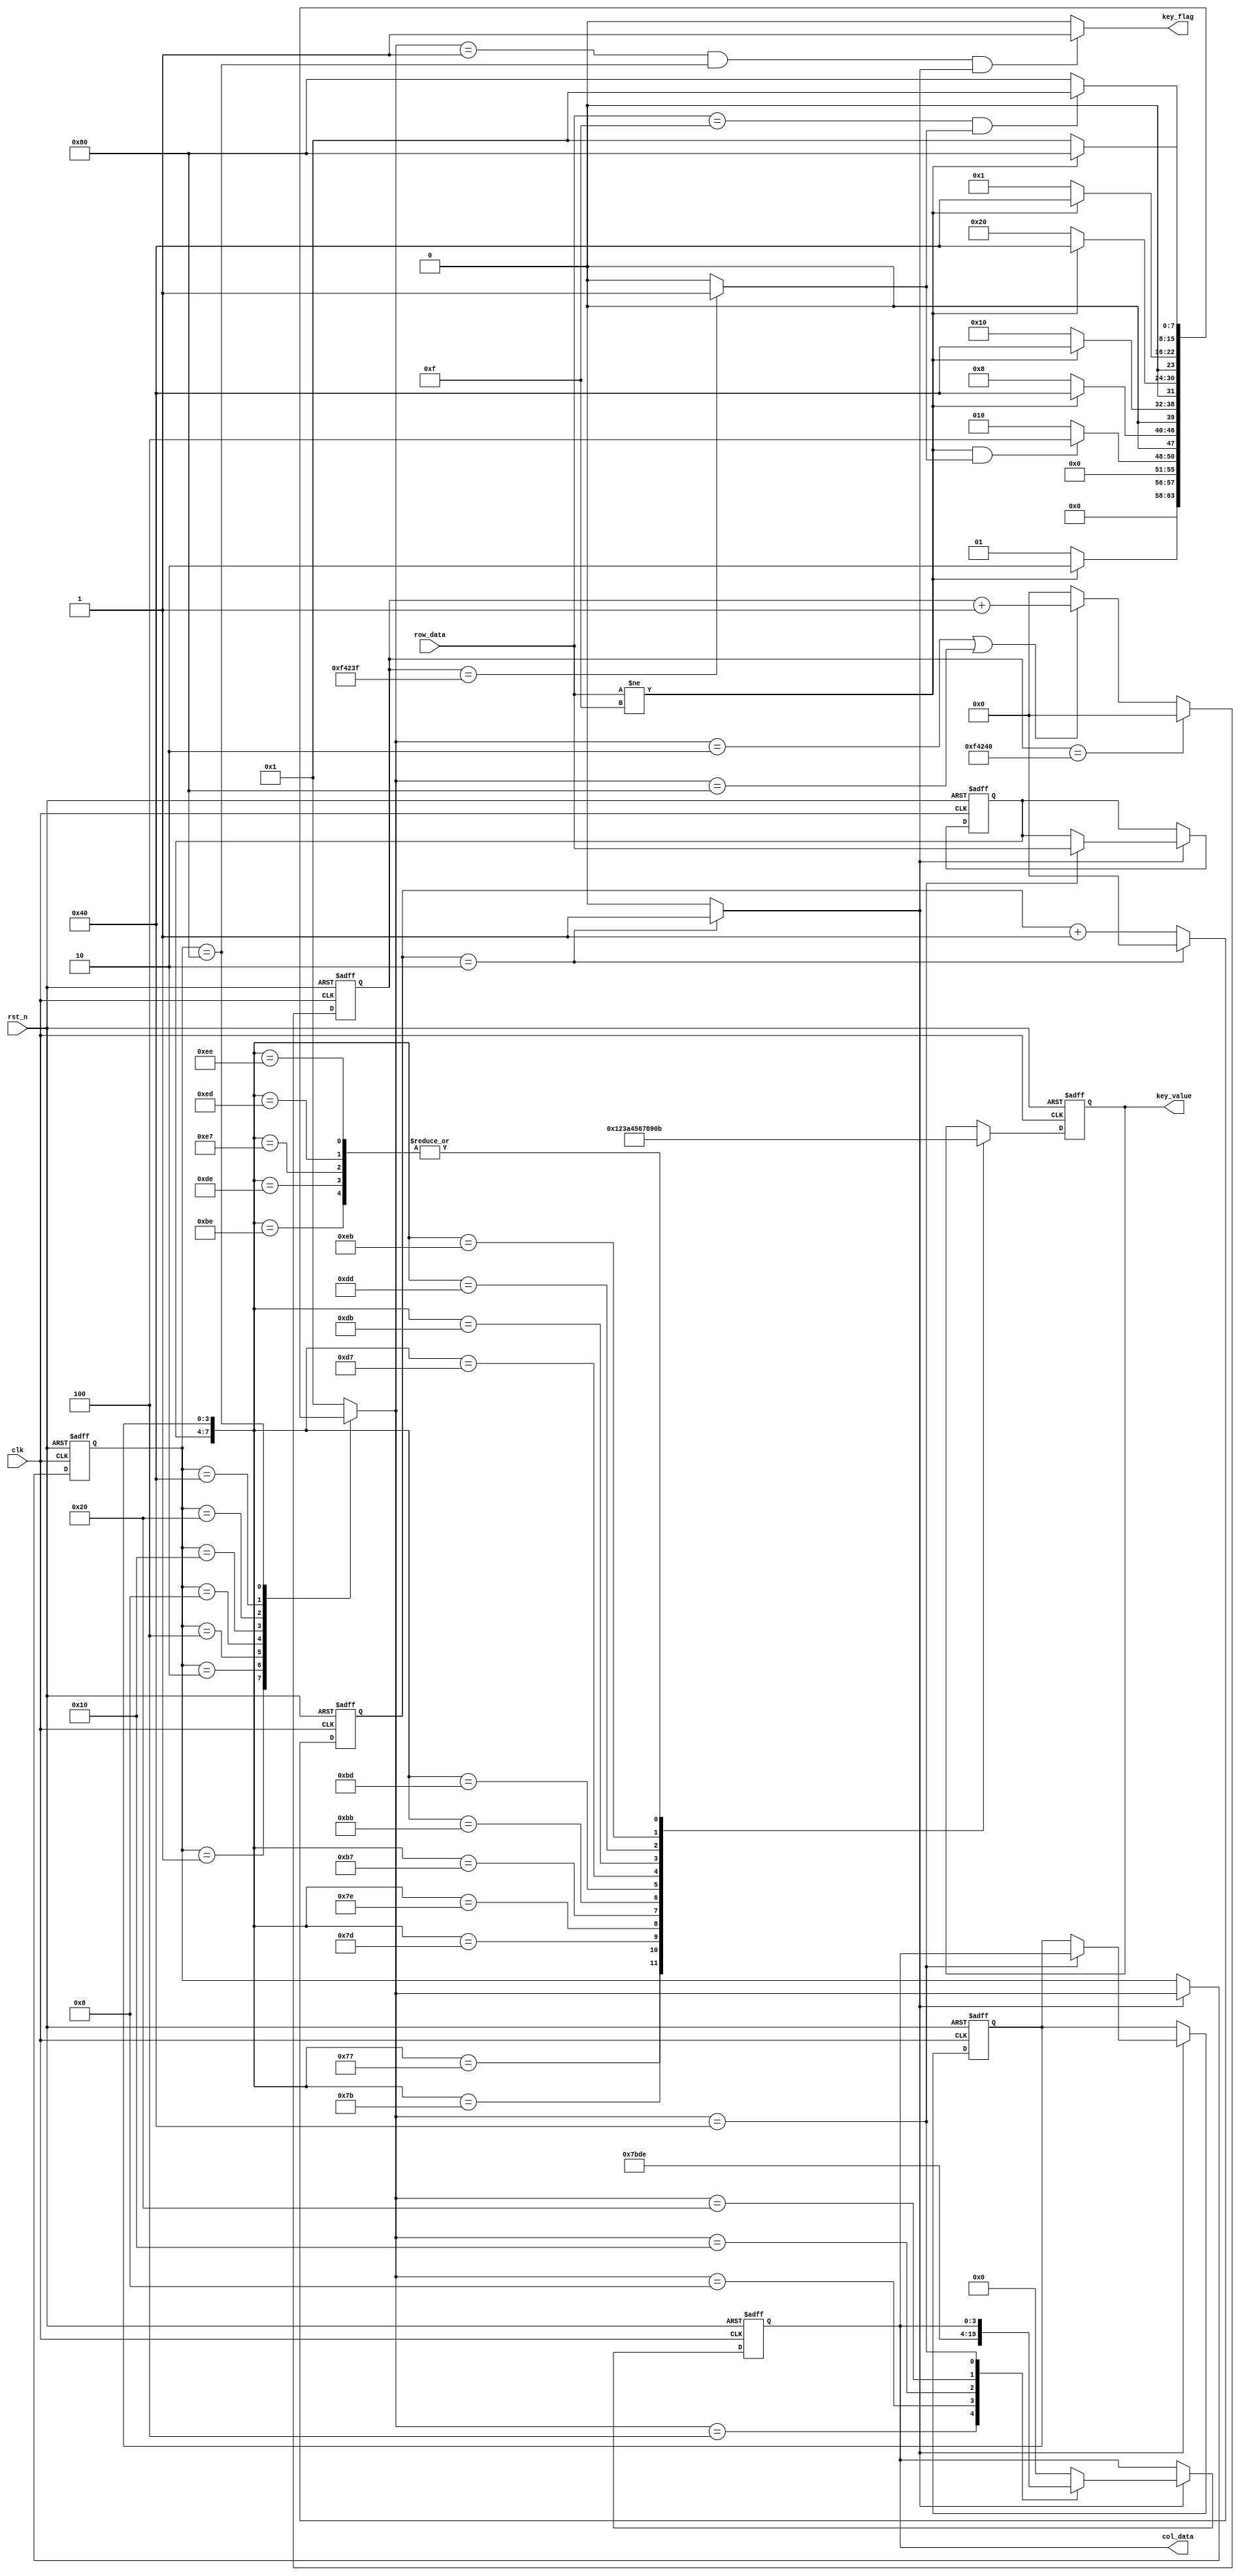
`timescale 1ns / 1ps
//////////////////////////////////////////////////////////////////////////////////
// Company: 
// Engineer: 
// 
// Design Name: 
// Module Name: keyboard
// Project Name: 
// Target Devices: 
// Tool Versions: 
// Description: 
// 
// Dependencies: 
// 
// Revision:
// Revision 0.01 - File Created
// Additional Comments:
// 
//////////////////////////////////////////////////////////////////////////////////


module keyboard(
    input                   clk,    //50Mhz
    input                   rst_n,
    input           [3:0]   row_data,
    output      reg [3:0]   col_data,
    output key_flag,
    output      reg [3:0]   key_value
    );
    //FSM state
    parameter       SCAN_IDLE       =   8'b0000_0001;
    parameter       SCAN_JITTER1    =   8'b0000_0010;
    parameter       SCAN_COL1       =   8'b0000_0100;
    parameter       SCAN_COL2       =   8'b0000_1000;
    parameter       SCAN_COL3       =   8'b0001_0000;
    parameter       SCAN_COL4       =   8'b0010_0000;
    parameter       SCAN_READ       =   8'b0100_0000;
    parameter       SCAN_JITTER2    =   8'b1000_0000;
    //
    parameter       DELAY_TRAN      =   2;
    parameter       DELAY_20MS      =   1000_000;
    //parameter       DELAY_20MS      =   100;//just test
    reg     [20:0]  delay_cnt;
    wire            delay_done;
    //
    reg     [7:0]   pre_state;
    reg     [7:0]   next_state;
    reg     [20:0]   tran_cnt;
    wire            tran_flag;
    //
    reg     [3:0]   row_data_r;
    reg     [3:0]   col_data_r;
    //
    
    //-------------------------------------------------------
    //delay 20ms
    always  @(posedge clk or negedge rst_n)begin
        if(rst_n == 1'b0)begin
            delay_cnt   <= 'd0;
        end
        else if(delay_cnt == DELAY_20MS)
            delay_cnt <= 'd0;
        else if(next_state == SCAN_JITTER1 | next_state == SCAN_JITTER2) begin
            delay_cnt <= delay_cnt + 1'b1;
        end
        else 
            delay_cnt <= 'd0;
    end
    
    assign  delay_done = (delay_cnt == DELAY_20MS - 1'b1)? 1'b1: 1'b0;
    
    
    //-------------------------------------------------------
    //delay 2clk
    always  @(posedge clk or negedge rst_n)begin
        if(rst_n == 1'b0)begin
            tran_cnt <= 'd0;
        end
        else if(tran_cnt == DELAY_TRAN)begin
            tran_cnt <= 'd0;
        end
        else 
            tran_cnt <= tran_cnt + 1'b1;
    end
    
    assign    tran_flag = (tran_cnt == DELAY_TRAN)? 1'b1: 1'b0;
    
    
    //-------------------------------------------------------
    //FSM step1
    always  @(posedge clk or negedge rst_n)begin
        if(rst_n == 1'b0)begin
            pre_state <= SCAN_IDLE;
        end
        else if(tran_flag)begin
            pre_state <= next_state;
        end
        else pre_state <= pre_state;
    end
    
    //FSM step2
    always  @(*)begin
        next_state = SCAN_IDLE;
        case(pre_state)
        SCAN_IDLE:
            if(row_data != 4'b1111)
                next_state = SCAN_JITTER1;
            else 
                next_state = SCAN_IDLE;
        SCAN_JITTER1:
            if(row_data != 4'b1111 && delay_done == 1'b1)
                next_state = SCAN_COL1;
            else 
                next_state = SCAN_JITTER1;
        SCAN_COL1:
            if(row_data != 4'b1111)//row_data1
                next_state = SCAN_READ;
            else 
                next_state = SCAN_COL2;
        SCAN_COL2:
            if(row_data != 4'b1111)
                next_state = SCAN_READ;
            else 
                next_state = SCAN_COL3;
        SCAN_COL3:
            if(row_data != 4'b1111)
                next_state = SCAN_READ;
            else 
                next_state = SCAN_COL4;
        SCAN_COL4:
            if(row_data != 4'b1111)
                next_state = SCAN_READ;
            else 
                next_state = SCAN_IDLE;
        SCAN_READ:
            if(row_data != 4'b1111)
                next_state = SCAN_JITTER2;
            else 
                next_state = SCAN_IDLE;
        SCAN_JITTER2:
            if(row_data == 4'b1111 && delay_done == 1'b1)
                next_state = SCAN_IDLE;
            else
                next_state = SCAN_JITTER2;
        default:next_state = SCAN_IDLE;
        endcase
    end
    
    //FSM step3
    always  @(posedge clk or negedge rst_n)begin
        if(rst_n == 1'b0)begin
            col_data <= 4'b0000;
            row_data_r <= 4'b0000;
            col_data_r <= 4'b0000;
        end
        else if(tran_flag) begin
            case(next_state)
            SCAN_COL1:col_data <= 4'b0111;
            SCAN_COL2:col_data <= 4'b1011;
            SCAN_COL3:col_data <= 4'b1101;
            SCAN_COL4:col_data <= 4'b1110;
            SCAN_READ:begin
                col_data <= col_data;
                row_data_r <= row_data;
                col_data_r <= col_data;
            end
            default: col_data <= 4'b0000;
            endcase
        end
        else begin
            col_data <= col_data;
            row_data_r <= row_data_r;
            col_data_r <= col_data_r;
        end
    end
    
    //
    assign key_flag = (next_state == SCAN_IDLE && pre_state == SCAN_JITTER2 && tran_flag)? 1'b1: 1'b0;
    
    //-------------------------------------------------------
    //decode key_value
    always  @(posedge clk or negedge rst_n)begin
        if(rst_n == 1'b0)begin
            key_value <= 'd0; 
        end
        else if(key_flag == 1'b1)begin
            case({row_data_r, col_data_r})
                8'b0111_0111: key_value <= 4'h1;  
                8'b0111_1011: key_value <= 4'h2;
                8'b0111_1101: key_value <= 4'h3;
                8'b0111_1110: key_value <= 4'hA;
                
                8'b1011_0111: key_value <= 4'h4;
                8'b1011_1011: key_value <= 4'h5;
                8'b1011_1101: key_value <= 4'h6;
                8'b1011_1110: key_value <= 4'hB;
                
                8'b1101_0111: key_value <= 4'h7;
                8'b1101_1011: key_value <= 4'h8;
                8'b1101_1101: key_value <= 4'h9;
                8'b1101_1110: key_value <= 4'hB;
                
                8'b1110_0111: key_value <= 4'hB;
                8'b1110_1011: key_value <= 4'h0;
                8'b1110_1101: key_value <= 4'hB;
                8'b1110_1110: key_value <= 4'hB;
                default     : key_value <= key_value;
            endcase
        end
        else 
            case({row_data_r, col_data_r})
                8'b0111_0111: key_value <= 4'h1;  
                8'b0111_1011: key_value <= 4'h2;
                8'b0111_1101: key_value <= 4'h3;
                8'b0111_1110: key_value <= 4'hA;
                
                8'b1011_0111: key_value <= 4'h4;
                8'b1011_1011: key_value <= 4'h5;
                8'b1011_1101: key_value <= 4'h6;
                8'b1011_1110: key_value <= 4'hB;
                
                8'b1101_0111: key_value <= 4'h7;
                8'b1101_1011: key_value <= 4'h8;
                8'b1101_1101: key_value <= 4'h9;
                8'b1101_1110: key_value <= 4'hB;
                
                8'b1110_0111: key_value <= 4'hB;
                8'b1110_1011: key_value <= 4'h0;
                8'b1110_1101: key_value <= 4'hB;
                8'b1110_1110: key_value <= 4'hB;
                default     : key_value <= key_value;
            endcase
    end
endmodule